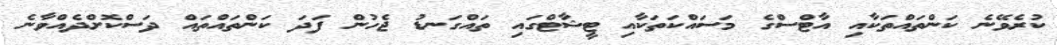
ކުރެވޭނެ ކަންތައްތަކާއި އާޓްސްގެ މަސައްކަތަކާއި ޓީޝާޓްގައި ތައްގަނޑު ޖެހުން ފަދަ ކަންތައްތައް ދަސްކޮށްދެއްވާނެ